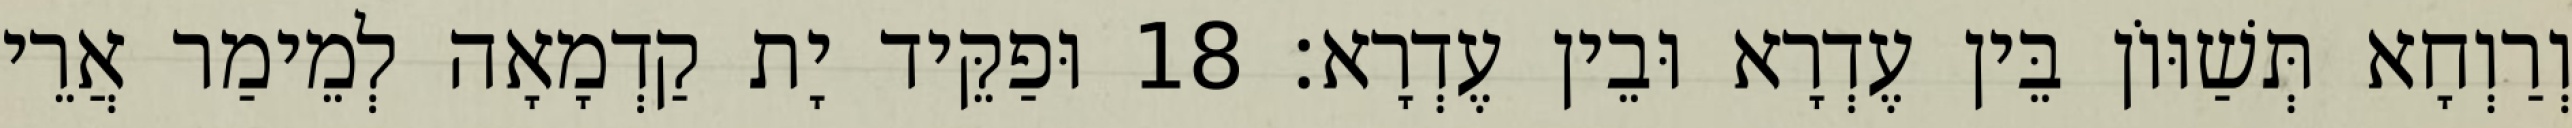
וְרַוְחָא תְּשַׁוּוֹן בֵּין עֶדְרָא וּבֵין עֶדְרָא׃ 18 וּפַקֵּיד יָת קַדְמָאָה לְמֵימַר אֲרֵי